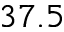
3 7 . 5